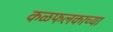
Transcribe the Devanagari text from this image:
कळफलकाच्या